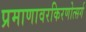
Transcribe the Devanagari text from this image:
प्रमाणावरकिरणोत्सर्ग